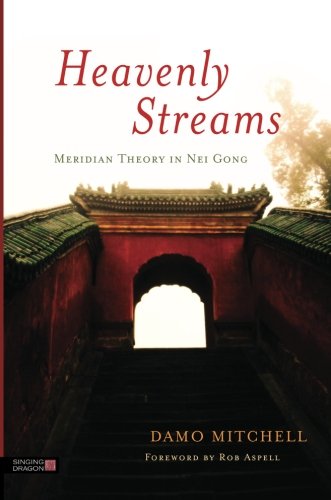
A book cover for Heavenly Streams: Meridian Theory in Nei Gong (Daoist Nei Gong); Damo Mitchell; Health, Fitness & Dieting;